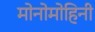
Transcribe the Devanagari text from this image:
मोनोमोहिनी